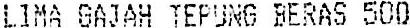
LIMA GAJAH TEPUNG BERAS 500